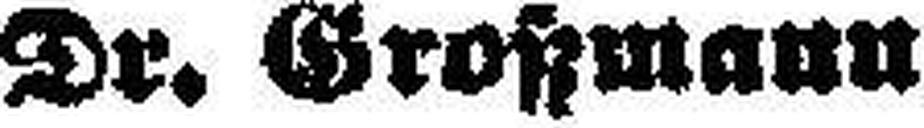
Dr. Grotzmann